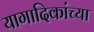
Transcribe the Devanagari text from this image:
यागादिकांच्या